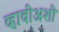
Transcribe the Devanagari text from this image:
व्हावीअशी